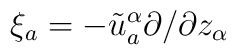
\xi_a = - \tilde{u}_a^{\alpha} \partial/\partial z_\alpha